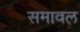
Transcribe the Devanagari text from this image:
समावल